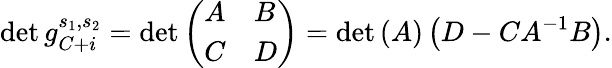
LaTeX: \operatorname*{det}g_{C+i}^{s_{1},s_{2}}=\operatorname*{det}\left(\begin{array}{ll}{A}&{B}\\ {C}&{D}\end{array}\right)=\operatorname*{det}\left(A\right)\left(D-CA^{-1}B\right).